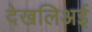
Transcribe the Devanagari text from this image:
देखलिअई